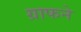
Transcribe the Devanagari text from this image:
ग्राफने